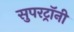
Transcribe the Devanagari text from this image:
सुपरट्रॉनी